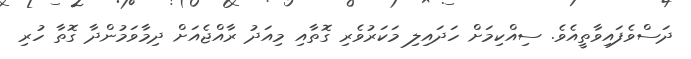
ދަސްވެފައިވާތީއެވެ. ސިއްކިމަށް ހަދައިލި މަކަރުވެރި ގޮތާއި މިއަދު ރާއްޖެއަށް ދިމާވަމުންދާ ގޮތާ ހުރި